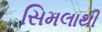
સિમલાથી